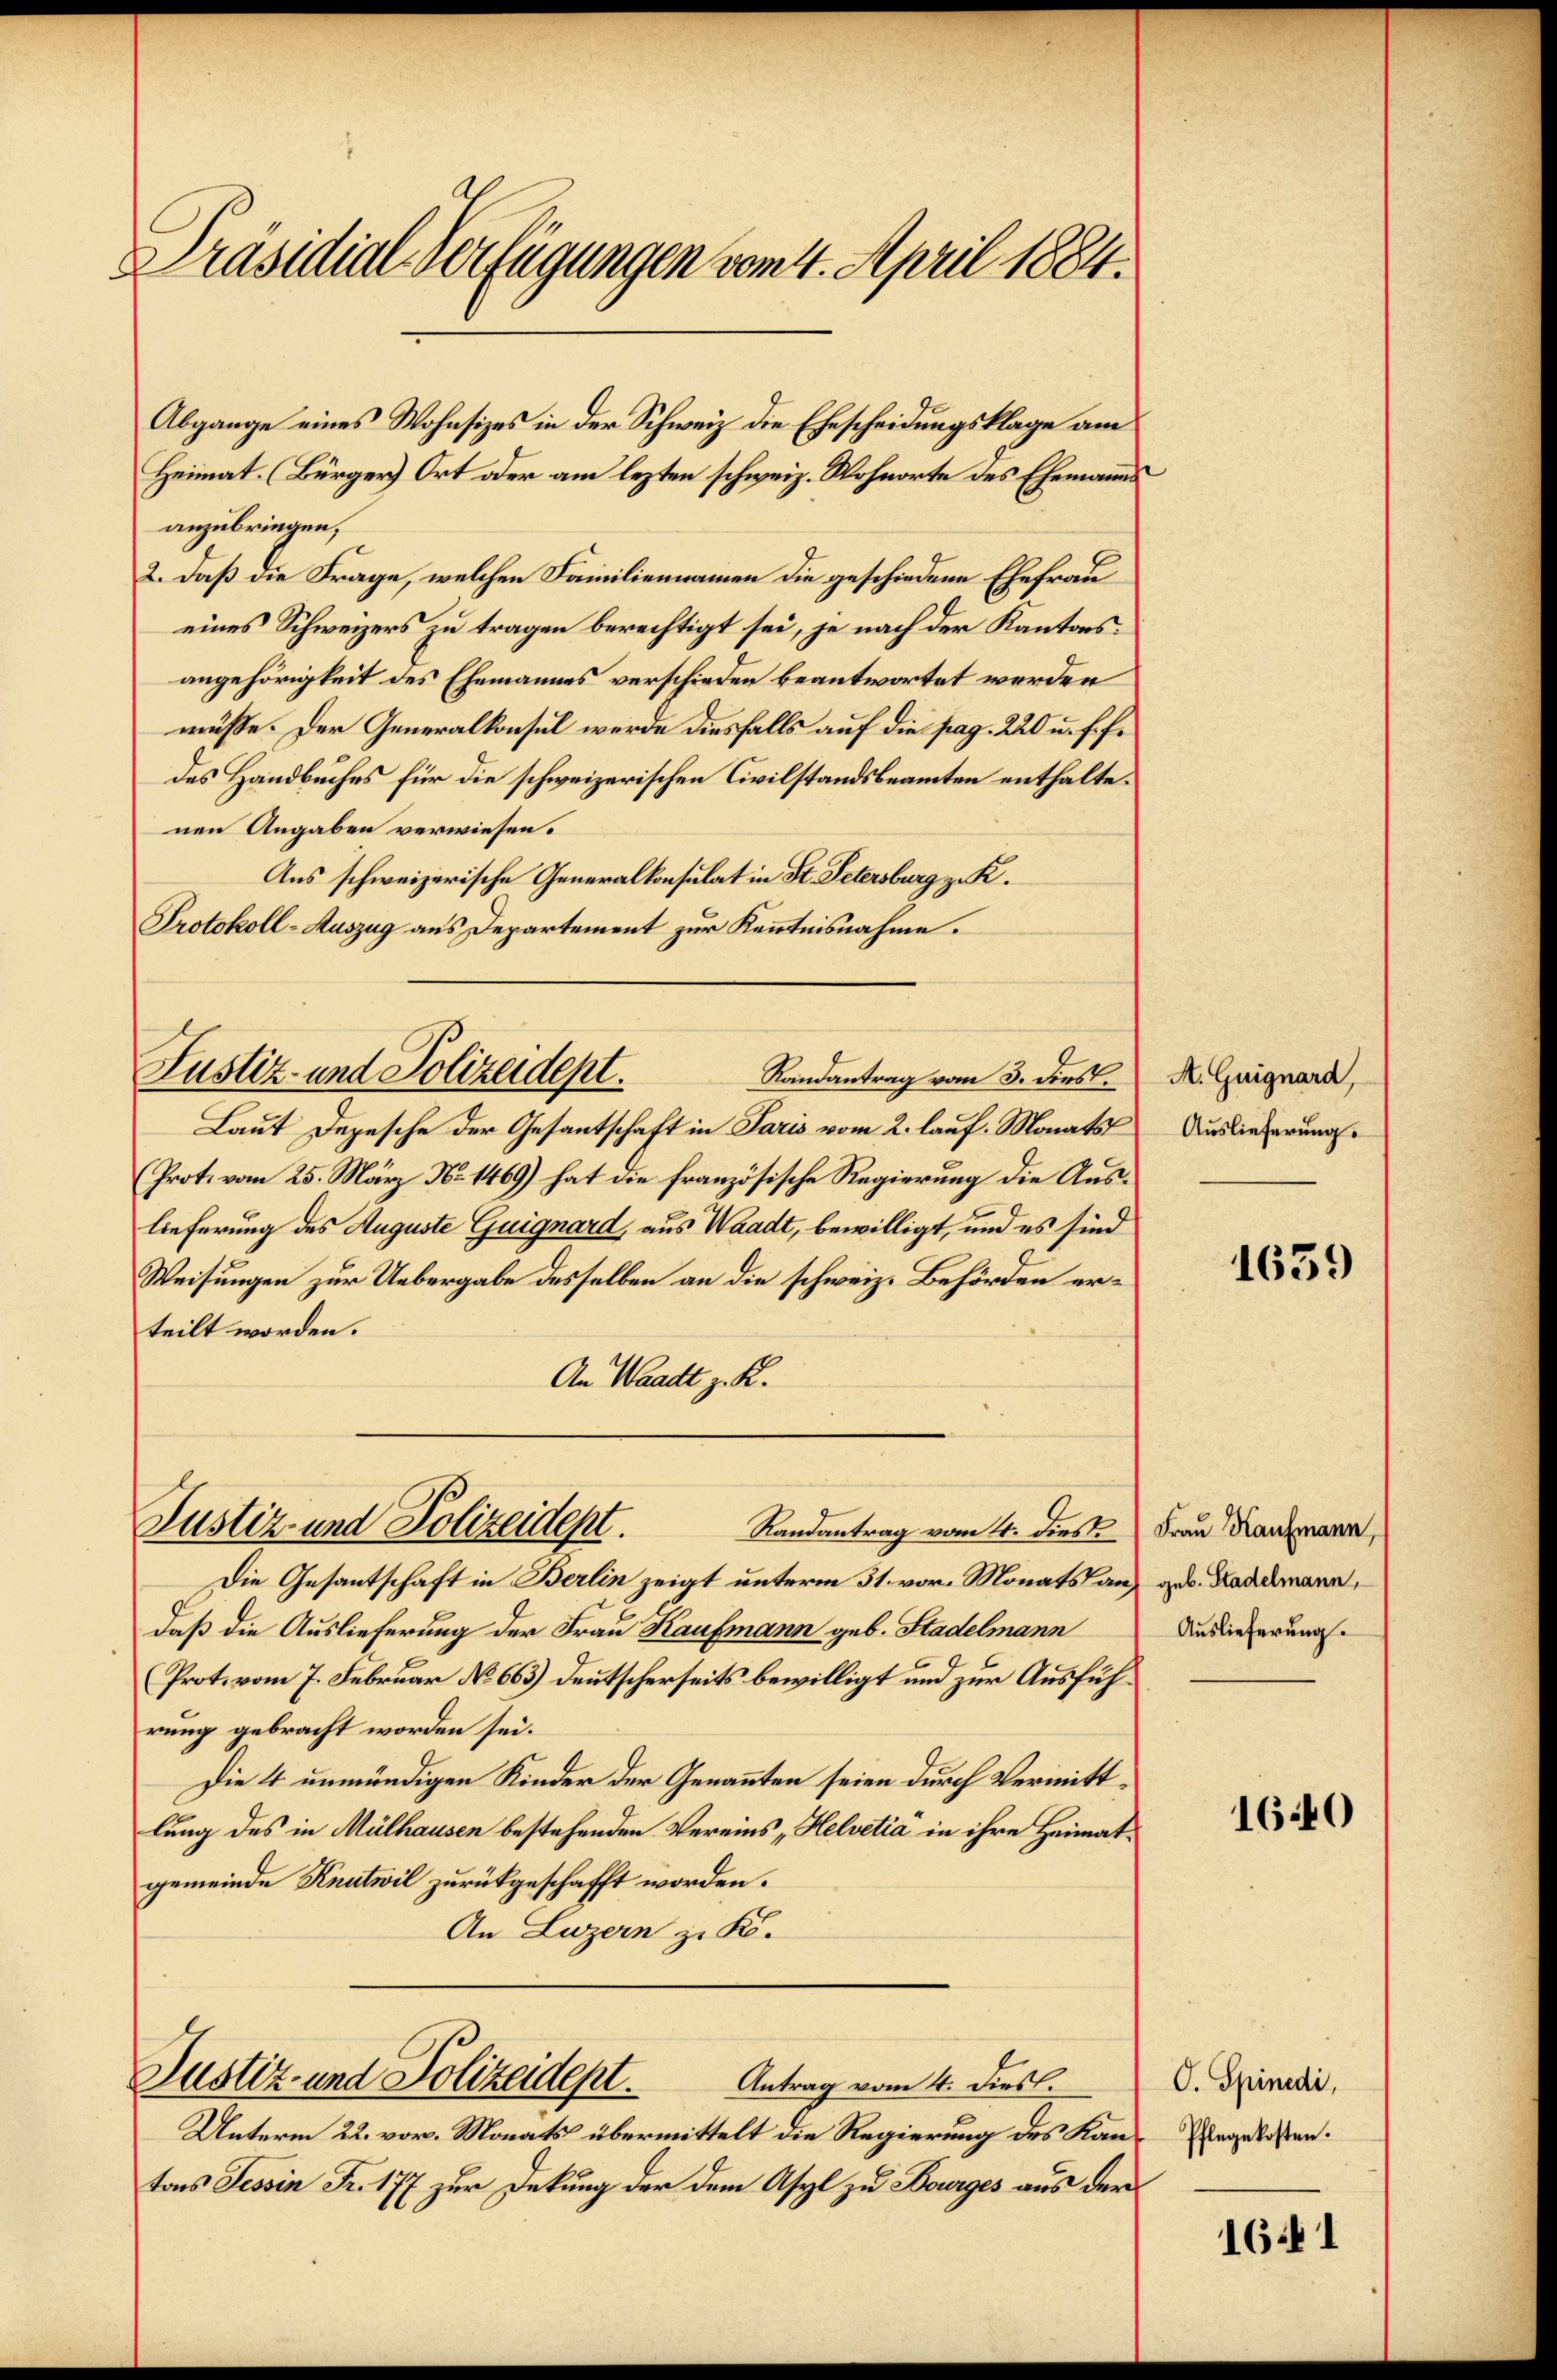
Präsidial-Verfügungen vom 4. April 1884.

Abgange eines Wohnsizes in der Schweiz die Ehescheidungsklage am
Heimat. (Bürger Ort oder am lezten schweiz. Wohnorte des Ehemanns
anzubringen,
2. daß die Frage, welchen Familiennamen die geschiedene Ehefrau
eines Schweizers zu tragen berechtigt sei, je nach der Kantonsangehörigkeit des Ehemannes verschieden beantwortet werden
müße. Der Generalkonsul werde diesfalls auf die pag. 220 u. f. f.
des Handbuches für die schweizerischen Civilstandsbeamten enthaltenen Angaben verwiesen.
Aus schweizerische Generalkonsulat in St. Petersburg z. K.
Protokoll-Auszug aus Departement zur Kenntnisnahme.
Justiz- und Polizeidept.
Randantrag vom 3. dies
Laut Depesche der Gesantschaft in Paris vom 2. lauf. Monats
(Prot. vom 25. März No. 1469) hat die französische Regierung die Auslieferung des Auguste Guignard, aus Waadt, bewilligt, und es sind
Weisungen zur Uebergabe desselben an die schweiz. Behörden erteilt worden.
An Waadt z. K.

Justiz- und Polizeident.
Randantrag vom 4. diese Frau Kaufmann,

Die Gesantschaft in Berlin zeigt unterm 31. vor. Monats auf geb. Kaddemann,
daß die Auslieferung der Frau Kaufmann geb. Stadelmann
(Prot. vom 7. Februar No 663) deutscherseits bewilligt und zur Ausführung gebracht worden sei.
Die 4 unmündigen Kinder der Genannten seien durch Vermittlung des in Mülhausen bestehenden Vereins Helvetia in ihre Heimatgemeinde Knutwil zurückgeschafft worden.
An Luzern zu K.

Justiz- und Polizeidept.
Antrag vom 4. dies.

Unterm 22. vor. Monats übermittelt die Regierung des Kantons Tessin Fr. 177 zur Deckung der dem Asyl zu Bourges aus der

A. Guignard,
Auslieferung.

1639

Auslieferung.

1640

O. Spinedi,
Pflegekosten.

1641